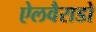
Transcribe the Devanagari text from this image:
ऐलवैराडो